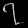
Digit: ၇